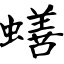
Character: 蟮